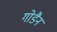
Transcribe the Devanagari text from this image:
गोडैन